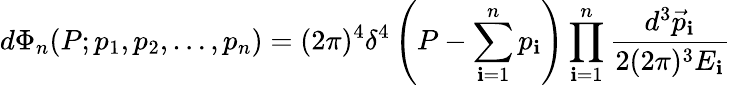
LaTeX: d\Phi_{n}(P;p_{1},p_{2},\dots,p_{n})=(2\pi)^{4}\delta^{4}\left(P-\sum_{\mathbf{i}=1}^{n}p_{\mathbf{i}}\right)\prod_{\mathbf{i}=1}^{n}{\frac{{d^{3}{\vec{{p}}}_{\mathbf{i}}}}{{2(2\pi)^{3}E_{\mathbf{i}}}}}